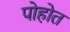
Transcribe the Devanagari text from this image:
पोहोत